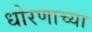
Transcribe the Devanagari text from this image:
धोरणाच्‍या